Lunatic asylums Central Provinces reports 1874-1885 - 1874-1885
Year: 1874
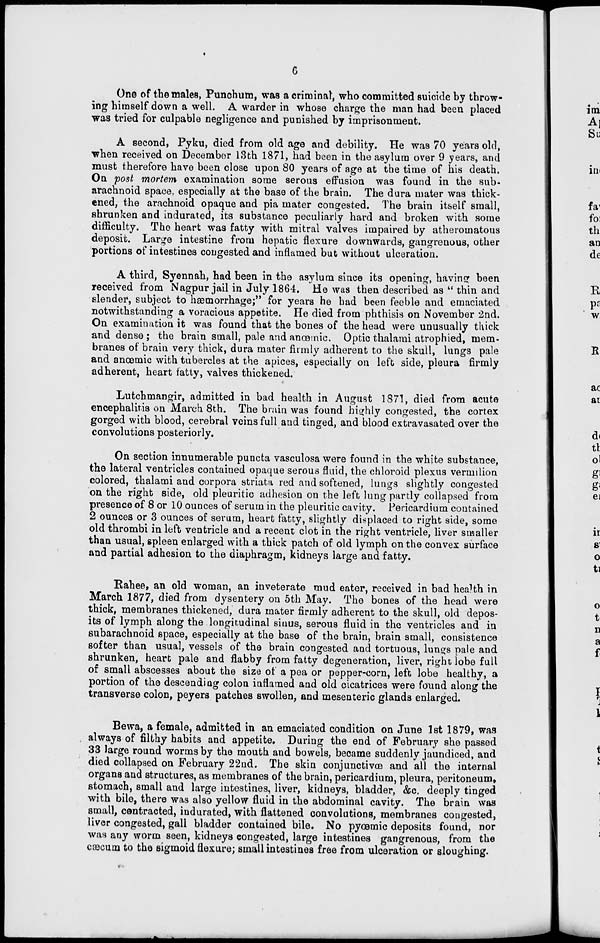
6
One of the males, Punchum, was a criminal, who committed suicide by throw-
ing himself down a well. A warder in whose charge the man had been placed
was tried for culpable negligence and punished by imprisonment.
A second, Pyku, died from old age and debility. He was 70 years old,
when received on December 13th 1871, had been in the asylum over 9 years, and
must therefore have been close upon 80 years of age at the time of his death.
On post mortem examination some serous effusion was found in the sub-
arachnoid space. especially at the base of the brain. The dura mater was thick-
ened, the arachnoid opaque and pia mater congested. The brain itself small,
shrunken and indurated, its substance peculiarly hard and broken with some
difficulty. The heart was fatty with mitral valves impaired by atheromatous
deposit. Large intestine from hepatic flexure downwards, gangrenous, other
portions of intestines congested and inflamed but without ulceration.
A third, Syennah, had been in the asylum since its opening, having been
received from Nagpur jail in July 1864. He was then described as " thin and
slender, subject to hæmorrhage;" for years he had been feeble and emaciated
notwithstanding a voracious appetite. He died from phthisis on November 2nd.
On examination it was found that the bones of the head were unusually thick
and dense ; the brain small, pale and anœmic. Optic thalami atrophied, mem-
branes of brain very thick, dura mater firmly adherent to the skull, lungs pale
and anœmic with tubercles at the apices, especially on left side, pleura firmly
adherent, heart fatty, valves thickened.
Lutchmangir, admitted in bad health in August 1871, died from acute
encephalitis on March 8th. The brain was found highly congested, the cortex
gorged with blood, cerebral veins full and tinged, and blood extravasated over the
convolutions posteriorly.
On section innumerable puncta vasculosa were found in the white substance,
the lateral ventricles contained opaque serous fluid, the chloroid plexus vermilion
colored, thalami and corpora striata red and softened, lungs slightly congested
on the right side, old pleuritic adhesion on the left lung partly collapsed from
presence of 8 or 10 ounces of serum in the pleuritic cavity. Pericardium contained
2 ounces or 3 ounces of serum, heart fatty, slightly displaced to right side, some
old thrombi in left ventricle and a recent clot in the right ventricle, liver smaller
than usual, spleen enlarged with a thick patch of old lymph on the convex surface
and partial adhesion to the diaphragm, kidneys large and fatty.
Rahee, an old woman, an inveterate mud eater, received in bad health in
March 1877, died from dysentery on 5th May. The bones of the head were
thick, membranes thickened, dura mater firmly adherent to the skull, old depos-
its of lymph along the longitudinal sinus, serous fluid in the ventricles and in
subarachnoid space, especially at the base of the brain, brain small, consistence
softer than usual, vessels of the brain congested and tortuous, lungs pale and
shrunken, heart pale and flabby from fatty degeneration, liver, right lobe full
of small abscesses about the size of a pea or pepper-corn, left lobe healthy, a
portion of the descending colon inflamed and old cicatrices were found along the
transverse colon, peyers patches swollen, and mesenteric glands enlarged.
Bewa, a female, admitted in an emaciated condition on June 1st 1879, was
always of filthy habits and appetite. During the end of February she passed
33 large round worms by the mouth and bowels, became suddenly jaundiced, and
died collapsed on February 22nd. The skin conjunctivœ and all the internal
organs and structures, as membranes of the brain, pericardium, pleura, peritoneum,
stomach, small and large intestines, liver, kidneys, bladder, &c. deeply tinged
with bile, there was also yellow fluid in the abdominal cavity. The brain was
small, contracted, indurated, with flattened convolutions, membranes congested,
liver congested, gall bladder contained bile. No pyœmic deposits found, nor
was any worm seen, kidneys congested, large intestines gangrenous, from the
cæcum to the sigmoid flexure; small intestines free from ulceration or sloughing.